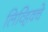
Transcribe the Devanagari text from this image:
लिव्हिवचे